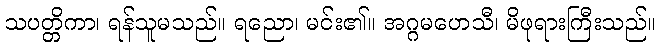
သပတ္တိကာ၊ ရန်သူမသည်။ ရညော၊ မင်း၏။ အဂ္ဂမဟေသီ၊ မိဖုရားကြီးသည်။